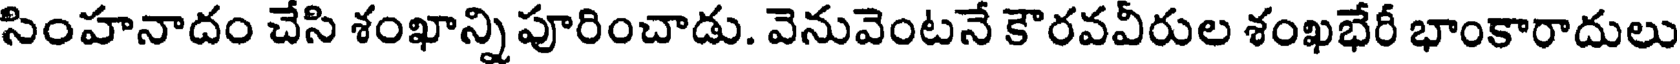
సింహనాదం చేసి శంఖాన్ని పూరించాడు. వెనువెంటనే కౌరవవీరుల శంఖభేరీ భాంకారాదులు